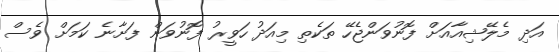
އަދި މެލޭޝިއާއަށް ފޮނުވަންޖެހޭ ތަކެތި މިއަދު ހަވީރު ފޮނުވަން ފަށާނެ ކަމަށް ވެސް